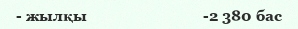
- жылқы                             -2 380 бас